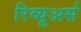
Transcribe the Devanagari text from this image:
रिव्यूअर्स